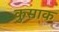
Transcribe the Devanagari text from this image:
कुसाक